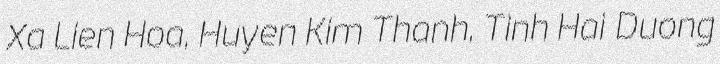
Xa Lien Hoa, Huyen Kim Thanh, Tinh Hai Duong